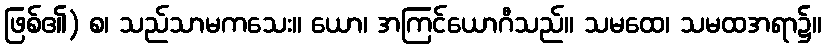
ဖြစ်၏) စ၊ သည်သာမကသေး။ ယော၊ အကြင်ယောဂီသည်။ သမထေ၊ သမထအရာ၌။